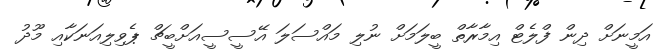
އަމީނަށް ދިން ފްލެޓް އިމާރާތް ބީލަމަށް ނުލި މައްސަލަ އޭސީސީއަށްބީޗް ޕެވިލިއަނަކާއި މޫދު